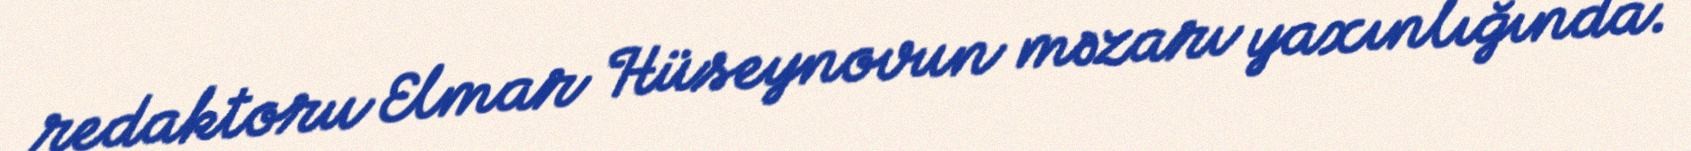
redaktoru Elmar Hüseynovun məzarı yaxınlığında.